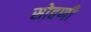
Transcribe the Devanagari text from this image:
सोहणी